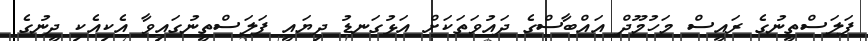
ފަލަސްތީނުގެ ރައީސް މަހުމޫދް އައްބާސްގެ ދައުވަތަކަށް އަޅުގަނޑު ދިޔައީ ފަލަސްތީނުގައިވާ އެކިއެކި ދީނުގެ